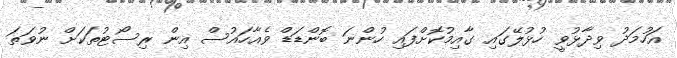
އަހުމަދު ވިދާޅުވީ ހުޅުލޭގައި ގާއިމުކޮށްފައި ހުންނަ ބޮންޑަޑް ވެއާހައުސް އިން ރިސޯޓުތަކަށް ނުވަތަ